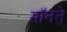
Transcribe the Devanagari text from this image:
मॉनते